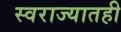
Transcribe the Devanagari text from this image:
स्वराज्यातही